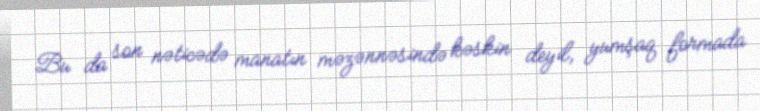
Bu da son nəticədə manatın məzənnəsində kəskin deyil, yumşaq formada